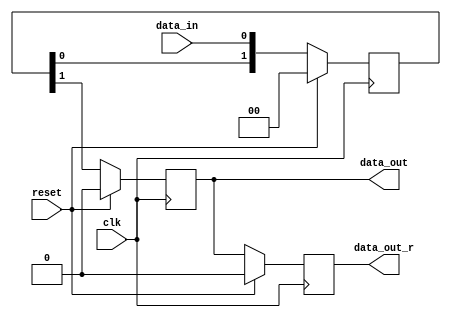
`timescale 1ns / 1ps
`default_nettype none
/***********************************************************************
This file is part of the ChipWhisperer Project. See www.newae.com for more
details, or the codebase at http://www.chipwhisperer.com

Copyright (c) 2023, NewAE Technology Inc. All rights reserved.
Author: Jean-Pierre Thibault <jpthibault@newae.com>

  chipwhisperer is free software: you can redistribute it and/or modify
  it under the terms of the GNU General Public License as published by
  the Free Software Foundation, either version 3 of the License, or
  (at your option) any later version.

  chipwhisperer is distributed in the hope that it will be useful,
  but WITHOUT ANY WARRANTY; without even the implied warranty of
  MERCHANTABILITY or FITNESS FOR A PARTICULAR PURPOSE.  See the
  GNU Lesser General Public License for more details.

  You should have received a copy of the GNU General Public License
  along with chipwhisperer.  If not, see <http://www.gnu.org/licenses/>.

  Instantiation template:

    cdc_simple U_cdc_simple (
        .reset          (reset),
        .clk            (CLK),
        .data_in        (data_in),
        .data_out       (data_out),
        .data_out_r     (data_out_r)
    );

*************************************************************************/

module cdc_simple #(
    parameter pPIPE_DEPTH = 2
) (
    input  wire         reset,
    input  wire         clk,
    input  wire         data_in,
    output reg          data_out,
    output reg          data_out_r
);

    (* ASYNC_REG = "TRUE" *) reg[pPIPE_DEPTH-1:0] pipe;

    always @(posedge clk) begin
        if (reset) begin
            pipe <= 0;
            data_out <= 0;
            data_out_r <= 0;
        end
        else
            {data_out_r, data_out, pipe} <= {data_out, pipe, data_in};
    end

endmodule
`default_nettype wire